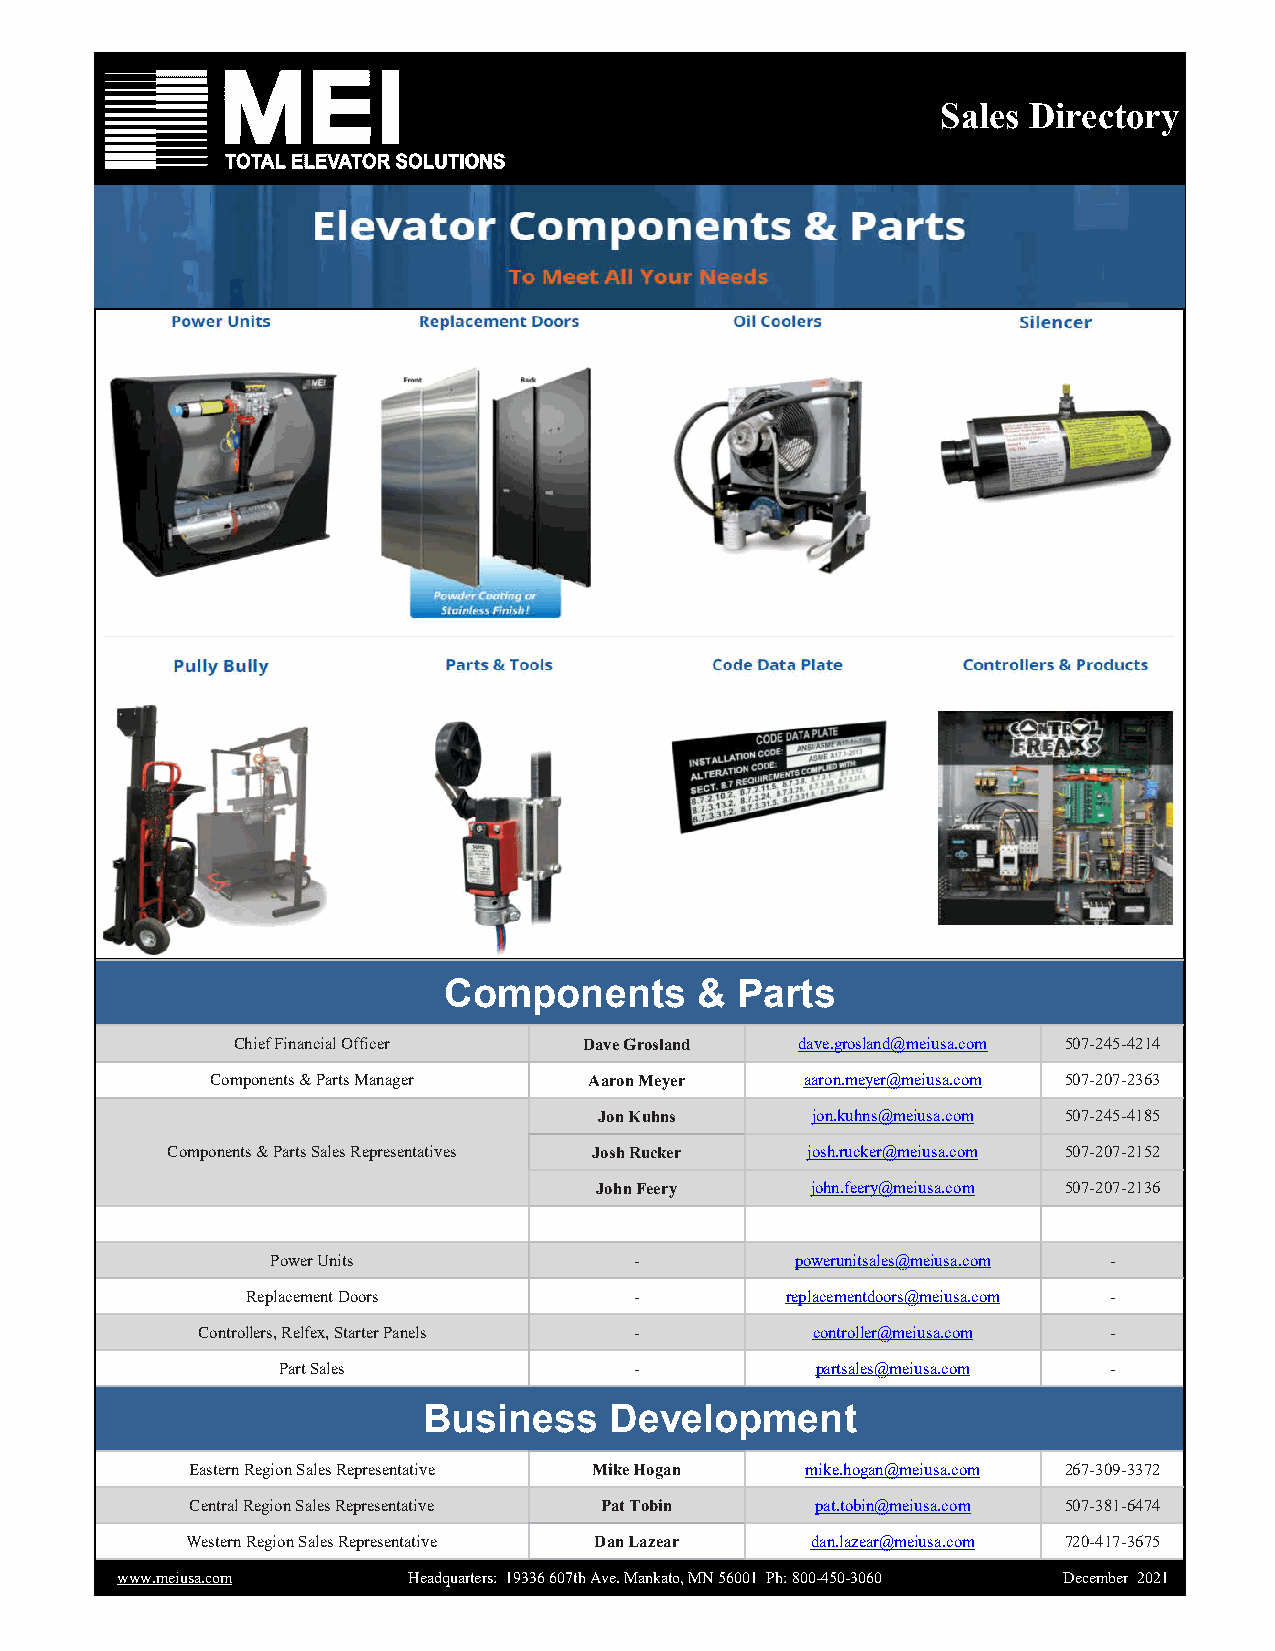
Sales Directory
 Components       &  Parts
 Chief Financial Officer Dave Grosland dave.grosland@meiusa.com 507-245-4214
 Components & Parts Manager Aaron Meyer aaron.meyer@meiusa.com 507-207-2363
 Jon Kuhns     jon.kuhns@meiusa.com 507-245-4185
 Components & Parts Sales Representatives Josh Rucker josh.rucker@meiusa.com 507-207-2152
 John Feery     john.feery@meiusa.com 507-207-2136
 Power Units             -          powerunitsales@meiusa.com -
 Replacement Doors         -         replacementdoors@meiusa.com -
 Controllers, Relfex, Starter Panels -    controller@meiusa.com -
 Part Sales              -           partsales@meiusa.com -
 Business    Development
 Eastern Region Sales Representative Mike Hogan mike.hogan@meiusa.com 267-309-3372
 Central Region Sales Representative Pat Tobin pat.tobin@meiusa.com 507-381-6474
 Western Region Sales Representative Dan Lazear dan.lazear@meiusa.com 720-417-3675
 www.meiusa.com     Headquarters: 19336 607th Ave. Mankato, MN 56001 Ph: 800-450-3060 December. 2021